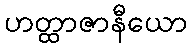
ဟတ္ထာဇာနီယော